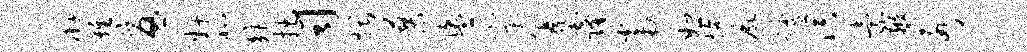
廨难忧奸北矩拙司煨蓼盥窠纂窿当恕施尸踊溟索鞭若